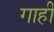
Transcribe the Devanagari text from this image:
गाहीं